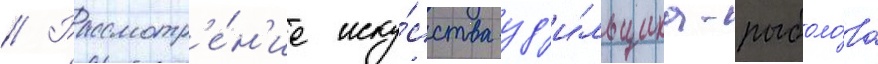
// Рассмотр'е́н'ие иску́сства уд'и́льщика-рыболо́ва